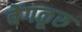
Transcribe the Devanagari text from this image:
बेंगळूरु